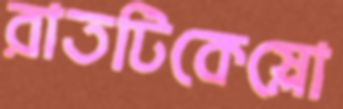
রাতটিকেস্লো